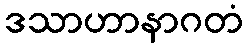
ဒသာဟာနာဂတံ